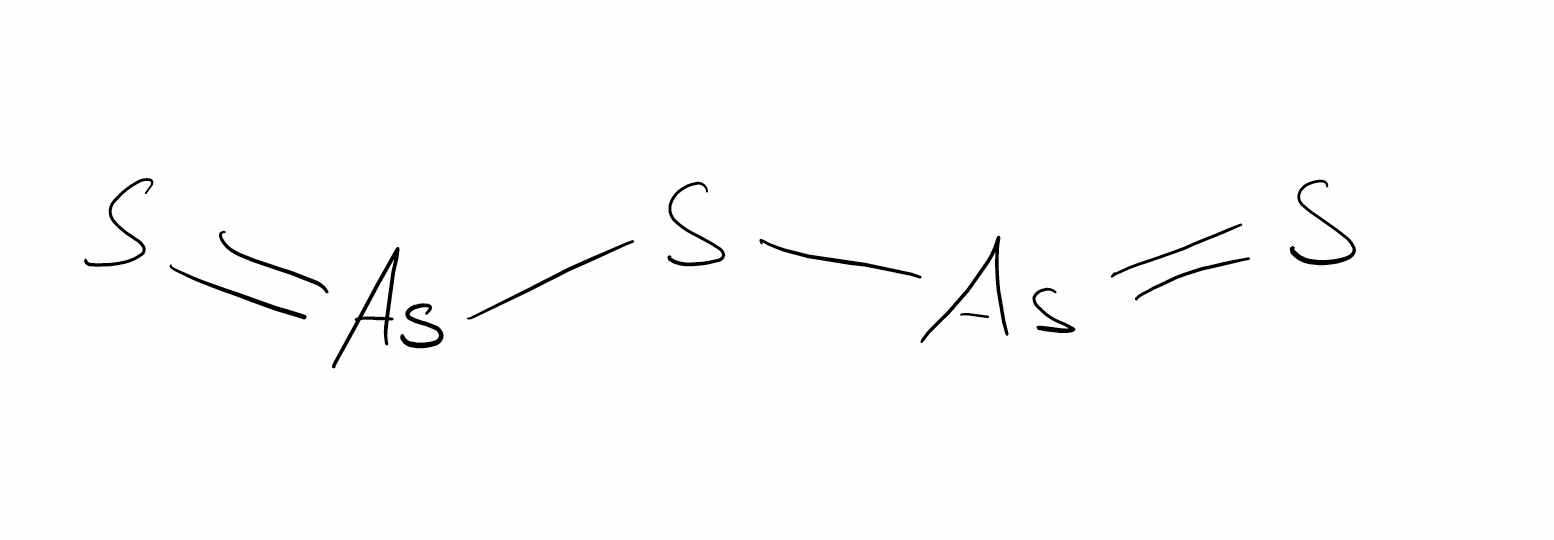
Simplified molecular-input line-entry system (SMILES) notation of the given molecule:
S=[As]S[As]=S